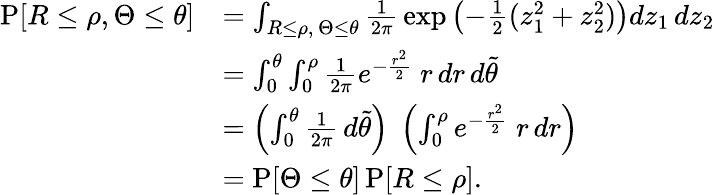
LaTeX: {\begin{array}{rl}{\operatorname{P}[R\leq\rho,\Theta\leq\theta]}&{=\int_{R\leq\rho,\, \Theta\leq\theta}{\frac{1}{2\pi}}\exp\left({-{\frac{1}{2}}(z_{1}^{2}+z_{2}^{2})}\right)dz_{1}\, dz_{2}}\\ &{=\int_{0}^{\theta}\int_{0}^{\rho}{\frac{1}{2\pi}}e^{-{\frac{r^{2}}{2}}}\; r\, dr\, d{\tilde{\theta}}}\\ &{=\left(\int_{0}^{\theta}{\frac{1}{2\pi}}\, d{\tilde{\theta}}\right)\; \left(\int_{0}^{\rho}e^{-{\frac{r^{2}}{2}}}\; r\, dr\right)}\\ &{=\operatorname{P}[\Theta\leq\theta]\operatorname{P}[R\leq\rho].}\end{array}}